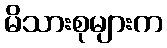
မိသားစုများက